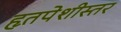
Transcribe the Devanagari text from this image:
हृतपेशीस्तर